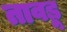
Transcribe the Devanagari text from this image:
तावड़ू